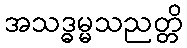
အသဒ္ဓမ္မသညတ္တိ